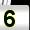
Digit: 5